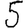
Digit: 5